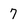
Character: 7